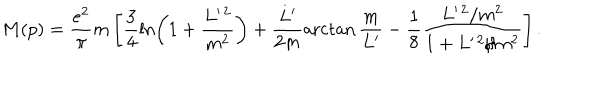
M ( p ) = \frac { e ^ { 2 } } { \pi } m \left[ \frac 3 4 \ln \left( 1 + \frac { L ^ { \prime \, 2 } } { m ^ { 2 } } \right) + \frac { L ^ { \prime } } { 2 m } \operatorname { a r c t a n } \frac m { L ^ { \prime } } - \frac 1 8 \frac { L ^ { \prime \, 2 } / m ^ { 2 } } { 1 + L ^ { \prime \, 2 } / m ^ { 2 } } \right] .